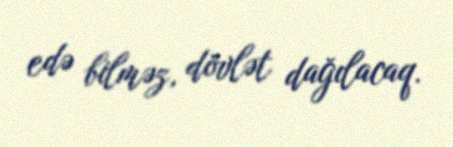
edə bilməz, dövlət dağılacaq.